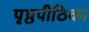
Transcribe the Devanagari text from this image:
पृष्ठपीठिका